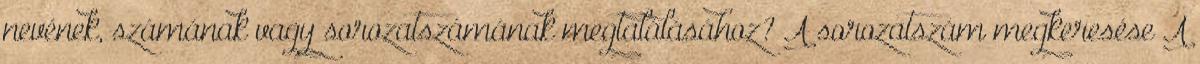
nevének, számának vagy sorozatszámának megtalálásához? A sorozatszám megkeresése A